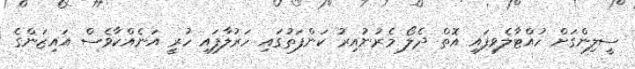
ސީލިންގަށް ހުއްޓާލެވިފައި އޮތް ދެލޯ މެރުނުއިރު ކަންފަތުގައި ހަރުލާފައި ހުރީ އަނެއްކާވެސް އައިޒަންގެ